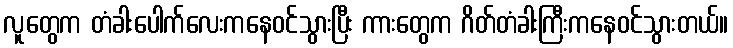
လူတွေက တံခါးပေါက်လေးကနေဝင်သွားပြီး ကားတွေက ဂိတ်တံခါးကြီးကနေဝင်သွားတယ်။